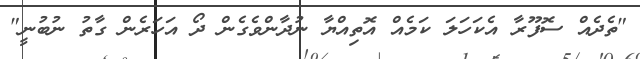
"ތެދެއް ސޮފޫރާ އެކަހަލަ ކަމެއް އޮތިއްޔާ ނުދާންވެގެން ދޯ އަހަރެން ގާތު ނުބުނީ"